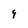
Character: 9